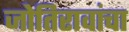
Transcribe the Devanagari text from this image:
जोतिरावांचा